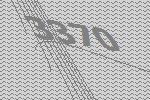
3370